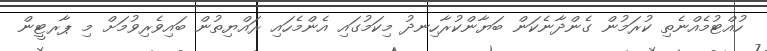
ހުއްޓުމެއްނެތި ކުރަމުން ގެންދާނެކަން ބަޔާންކުރާހިނދު މިކަމުގައި އެންމެހައި ރައްޔިތުން ބައިވެރިވުމަށް މި ޕާރޓީން